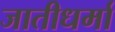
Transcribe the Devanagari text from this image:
जातीधर्मा